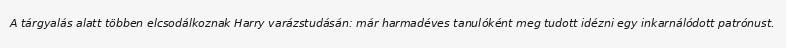
A tárgyalás alatt többen elcsodálkoznak Harry varázstudásán: már harmadéves tanulóként meg tudott idézni egy inkarnálódott patrónust.